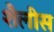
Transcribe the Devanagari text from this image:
शैलीस